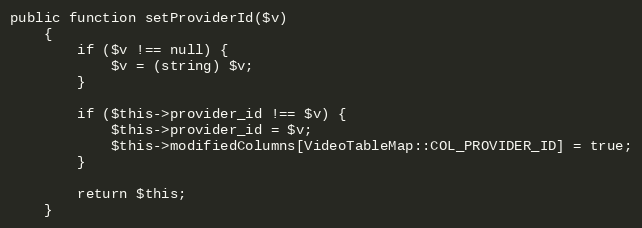
Language: PHP
public function setProviderId($v)
    {
        if ($v !== null) {
            $v = (string) $v;
        }

        if ($this->provider_id !== $v) {
            $this->provider_id = $v;
            $this->modifiedColumns[VideoTableMap::COL_PROVIDER_ID] = true;
        }

        return $this;
    }